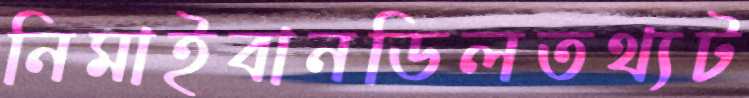
নিমাইবানডিলতথ্যট